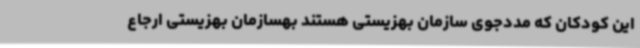
این کودکان که مددجوی سازمان بهزیستی هستند بهسازمان بهزیستی ارجاع